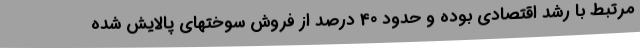
مرتبط با رشد اقتصادی بوده و حدود 40 درصد از فروش سوختهای پالایش شده